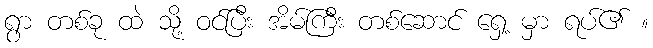
ရွာ တစ်ခု ထဲ သို့ ဝင်ပြီး အိမ်ကြီး တစ်ဆောင် ရှေ့ မှာ ရပ်၏ ။